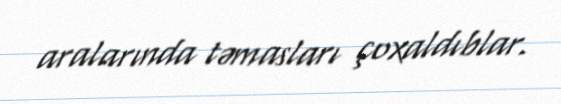
aralarında təmasları çoxaldıblar.